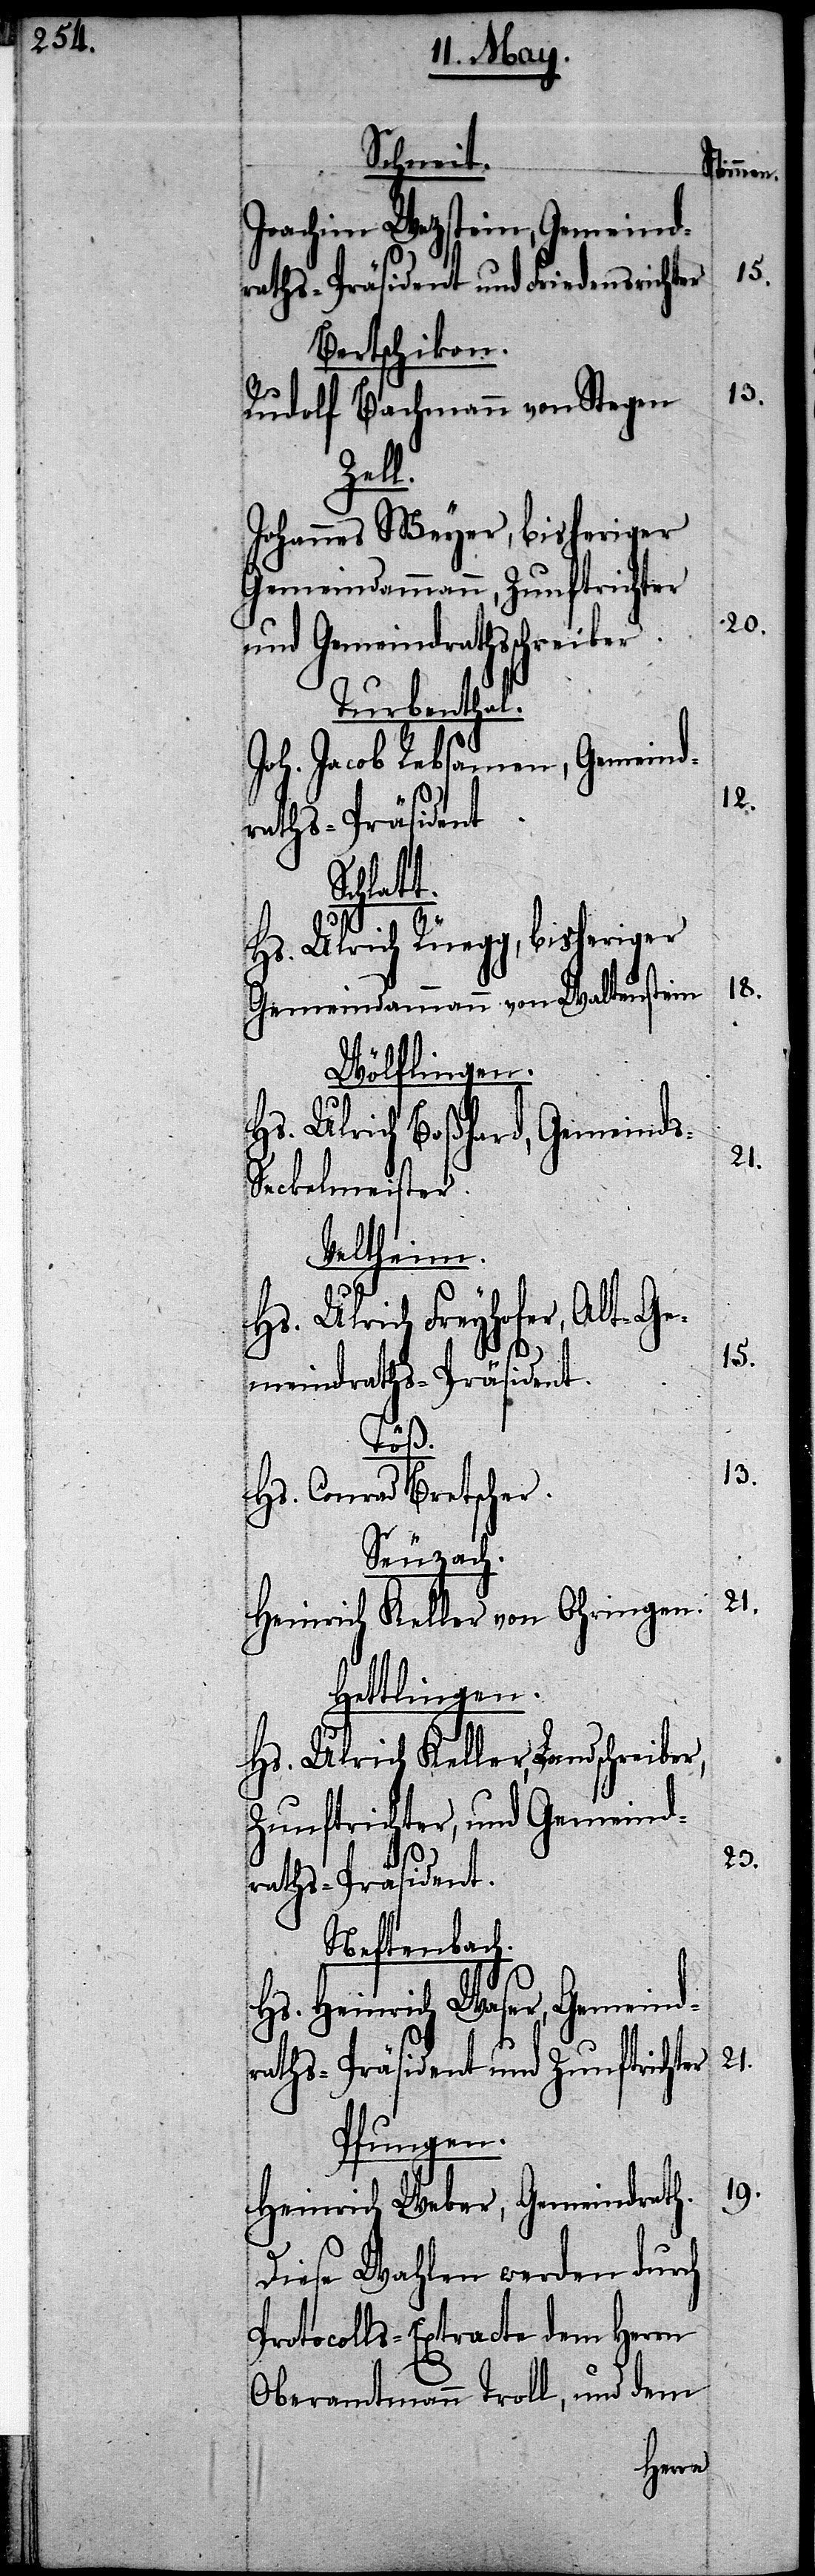
Schneit.
Joachim Wetzstein, Gemeind¬
raths-Präsident und Friedensrichter
Bertschikon.
Rudolf Bachmann von Stegen
Zell.
Johannes Meyer, bisheriger
Gemeindammann, Zunftrichter
und Gemeindrathsschreiber.
Turbenthal.
Joh. Jacob Rebsamen, Gemeind¬
raths-Präsident.
t.
Hs. Ulrich Rüegg, bisheriger
Gemeindammann von Waltenstein
Wölflingen.
Hs. Ulrich Boßhard, Gemeind¬
s-Seckelmeister.
Veltheim.
Hs. Ulrich Keller, Landschr¬
meindraths-Präsident.
Töß.
Hs. Conrad Bretscher.
Seuzach.
Heinrich Keller von Ohringen.
Hettlingen.
Zunftrichter, und Gemeind¬
raths-Präsident.
Neftenbach.
Hs. Heinrich Waser, Gemeind¬
raths-Präsident und Zunftrichter
Pfungen.
Heinrich Weber, Gemeindrath.
Diese Wahlen werden durch
Protocolls-Extracte dem Herrn
Oberamtmann Troll, und dem

eiber,
20.
12.
18.
15.
13.
23.
21.
19.